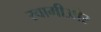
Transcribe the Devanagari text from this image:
स्वामीऔर